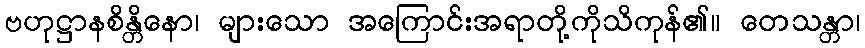
ဗဟုဋ္ဌာနစိန္တိနော၊ များသော အကြောင်းအရာတို့ကိုသိကုန်၏။ တေသန္တာ၊